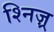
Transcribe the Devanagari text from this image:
श्निज़्र